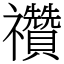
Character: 禶